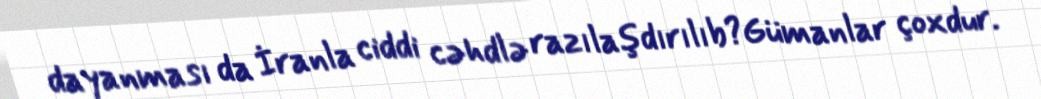
dayanması da İranla ciddi cəhdlə razılaşdırılıb?Gümanlar çoxdur.